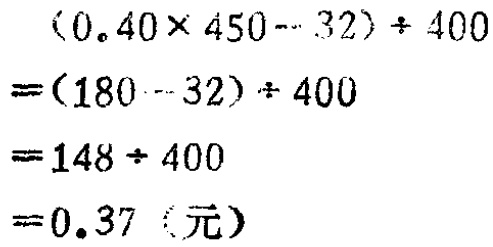
\[
\begin{align*}
&(0.40\times450 - 32)\div400\\
=&(180 - 32)\div400\\
=&148\div400\\
=&0.37（元）
\end{align*}
\]